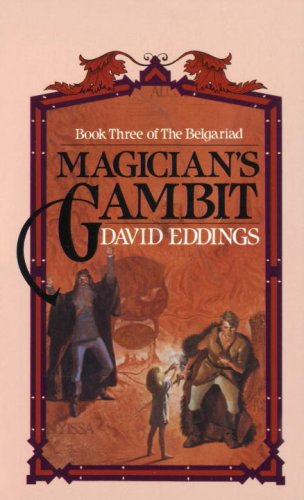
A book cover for Magician's Gambit (The Belgariad, Book 3); David Eddings; Science Fiction & Fantasy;